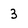
Character: 3